Report on the working of the Ranchi Indian Mental Hospital, Kanke, in Bihar and Orissa - 1930-1940
Year: 1930
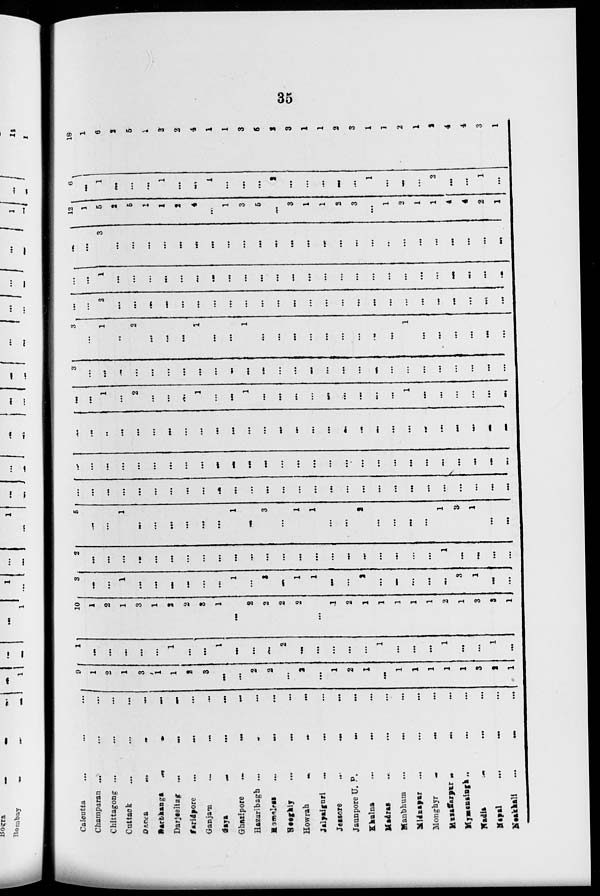
35
Calcutta ... ... ...
Champaran ... ... ...
Chittagong ... ... ...
Cuttack ... ... ...
Dacca
...
...
...
Darbhanga
...
...
...
Darjeeling
...
...
...
Faridpore
...
...
...
Ganjam
...
...
...
Gaya
...
...
...
Ghazipore
... ... ...
Hazaribagh ... ... ...
Homeless
...
... ...
Hooghly
...
... ...
Howrah
...
...
...
Jalpaiguri ... ... ...
Jessore
... ... ...
Jaunpore U. P.
...
...
Khulna
...
... ...
Madras ... ... ...
Manbhum ... ... ...
Midnapur
... ... ...
Monghyr
...
... ...
Muzaffarpur ... ... ...
Mymansingh ... ... ...
Nadia ... ... ...
Nepal
...
...
...
Neakhali
...
...
...
9
1
2
1
3
1
1
2
3
...
...
2
2
...
2
...
1
2
1
...
1
1
1
1
1
3
2
1
1
...
...
...
...
...
1
...
...
1
...
...
...
2
...
...
...
...
...
1
...
...
...
1
...
...
1
...
10
1
2
1
3
1
2
2
3
1
...
2
2
2
2
...
1
2
1
1
1
1
1
2
1
3
3
1
3
...
...
1
...
...
...
...
...
...
1
...
3
...
1
1
...
...
2
...
...
...
...
...
3
1
...
...
2
...
...
...
...
...
...
...
...
...
...
...
...
...
...
...
...
...
...
...
...
...
...
1
...
...
...
...
5
...
...
1
...
...
...
...
...
...
1
...
3
...
1
1
...
...
2
...
...
...
...
1
3
1
...
...
...
...
...
...
...
...
...
...
...
...
...
...
...
...
...
...
...
...
...
...
...
...
...
...
...
...
...
...
...
...
...
...
...
...
...
...
...
...
...
...
...
...
...
...
...
...
...
...
...
...
...
...
...
...
...
...
...
...
..
...
...
...
...
...
...
...
...
...
...
...
...
...
...
...
...
...
...
...
...
...
...
...
...
...
...
...
1
...
2
...
...
...
1
...
...
1
...
...
...
...
...
...
...
...
...
1
...
...
...
...
...
...
3
...
...
...
...
...
...
...
...
...
...
...
...
...
...
...
...
...
...
...
...
...
...
...
...
...
...
...
3
...
1
...
2
...
...
...
1
...
...
1
...
...
...
...
...
...
...
...
...
1
...
...
...
...
...
...
...
...
2
...
...
...
...
...
...
...
...
...
...
...
...
...
...
...
...
...
...
...
...
...
...
...
...
...
...
...
1
...
...
...
...
...
...
...
...
...
...
...
...
...
...
...
...
...
...
...
...
...
...
...
...
...
...
...
3
...
...
...
...
...
...
...
...
...
...
...
...
...
...
...
...
...
...
...
...
...
...
...
...
...
12
1
5
2
5
1
1
2
4
...
1
3
5
...
3
1
1
2
3
...
1
2
1
1
4
4
2
1
6
...
1
...
...
...
1
...
...
1
...
...
...
2
...
...
...
...
...
1
...
...
...
2
...
...
1
...
18
1
6
2
5
1
2
2
4
1
1
3
5
2
3
1
1
2
3
1
1
2
1
2
4
4
3
1